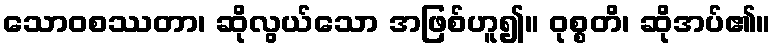
သောဝစဿတာ၊ ဆိုလွယ်သော အဖြစ်ဟူ၍။ ဝုစ္စတိ၊ ဆိုအပ်၏။